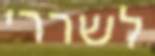
לשררי